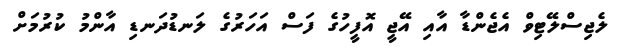
ލެޖިސްލޭޓިވް އެޖެންޑާ އާއި އޭޖީ އޮފީހުގެ ފަސް އަހަރުގެ ލަނޑުދަނޑި އާންމު ކުރުމަށް